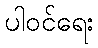
ပါဝင်ရေး